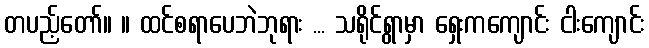
တပည့်တော်။ ။ ထင်စရာပေဘဲဘုရား ... သရိုင်ရွာမှာ ရှေးကကျောင်း ငါးကျောင်း